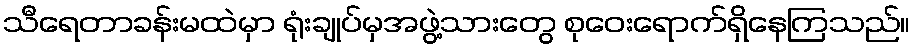
သီရေတာခန်းမထဲမှာ ရုံးချုပ်မှအဖွဲ့သားတွေ စုဝေးရောက်ရှိနေကြသည်။